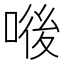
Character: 𠷴